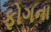
ફોગના